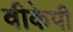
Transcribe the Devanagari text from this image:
वीकेपी